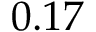
0 . 1 7